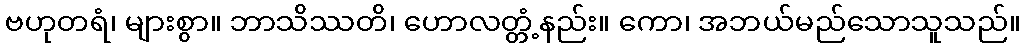
ဗဟုတရံ၊ များစွာ။ ဘာသိဿတိ၊ ဟောလတ္တံ့နည်း။ ကော၊ အဘယ်မည်သောသူသည်။